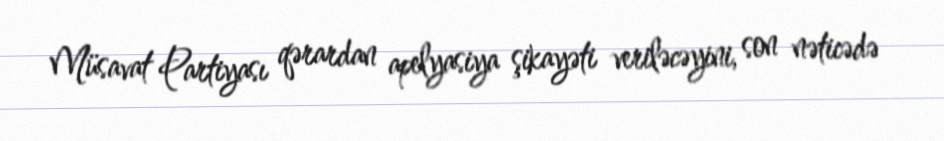
Müsavat Partiyası qərardan apelyasiya şikayəti veriləcəyini, son nəticədə